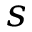
s